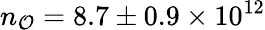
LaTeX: n_{\mathcal{O}}=8.7\pm0.9\times10^{12}